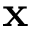
\mathbf { x }